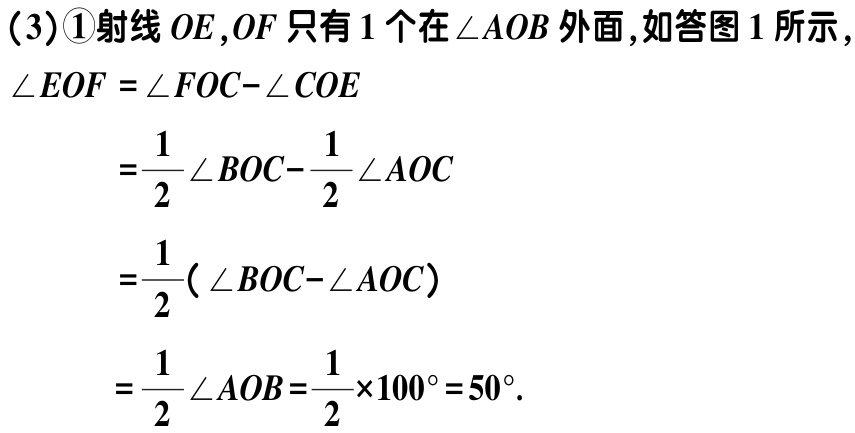
（3）\textcircled{1}射线 \(OE,OF\) 只有 1 个在 \(\angle AOB\) 外面,如答图 1 所示,

\[\begin{align*}

\angle EOF&=\angle FOC - \angle COE\\

&=\frac{1}{2}\angle BOC-\frac{1}{2}\angle AOC\\

&=\frac{1}{2}(\angle BOC - \angle AOC)\\

&=\frac{1}{2}\angle AOB=\frac{1}{2}\times100^{\circ}=50^{\circ}.

\end{align*}\]